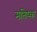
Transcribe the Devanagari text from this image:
मष्तिष्‍क